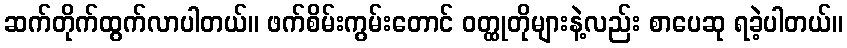
ဆက်တိုက်ထွက်လာပါတယ်။ ဖက်စိမ်းကွမ်းတောင် ဝတ္ထုတိုများနဲ့လည်း စာပေဆု ရခဲ့ပါတယ်။